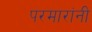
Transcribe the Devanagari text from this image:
परमारांनी